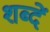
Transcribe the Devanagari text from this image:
शब्दें